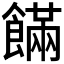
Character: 𩞘